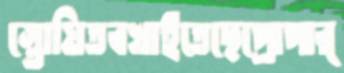
স্তোয়িতবখাইতেছেপ্রোপার্